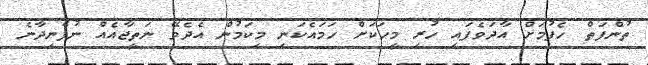
ތުންފަތް ހެފުމަށް އާދަވެފައި ހުރި މީހަކަށް ހަމައެކަނި މިކަމުން އެދެވޭ ނަތީޖާއެއް ނުފެނިދާނެ